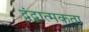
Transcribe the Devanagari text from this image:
द्वंद्वात्मकता